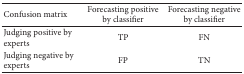
<table><thead><tr><td><b>Confusion matrix</b></td><td><b>Forecasting positive by classifier</b></td><td><b>Forecasting negative by classifier</b></td></tr></thead><tbody><tr><td>Judging positive by experts</td><td>TP</td><td>FN</td></tr><tr><td>Judging negative by experts</td><td>FP</td><td>TN</td></tr></tbody></table>